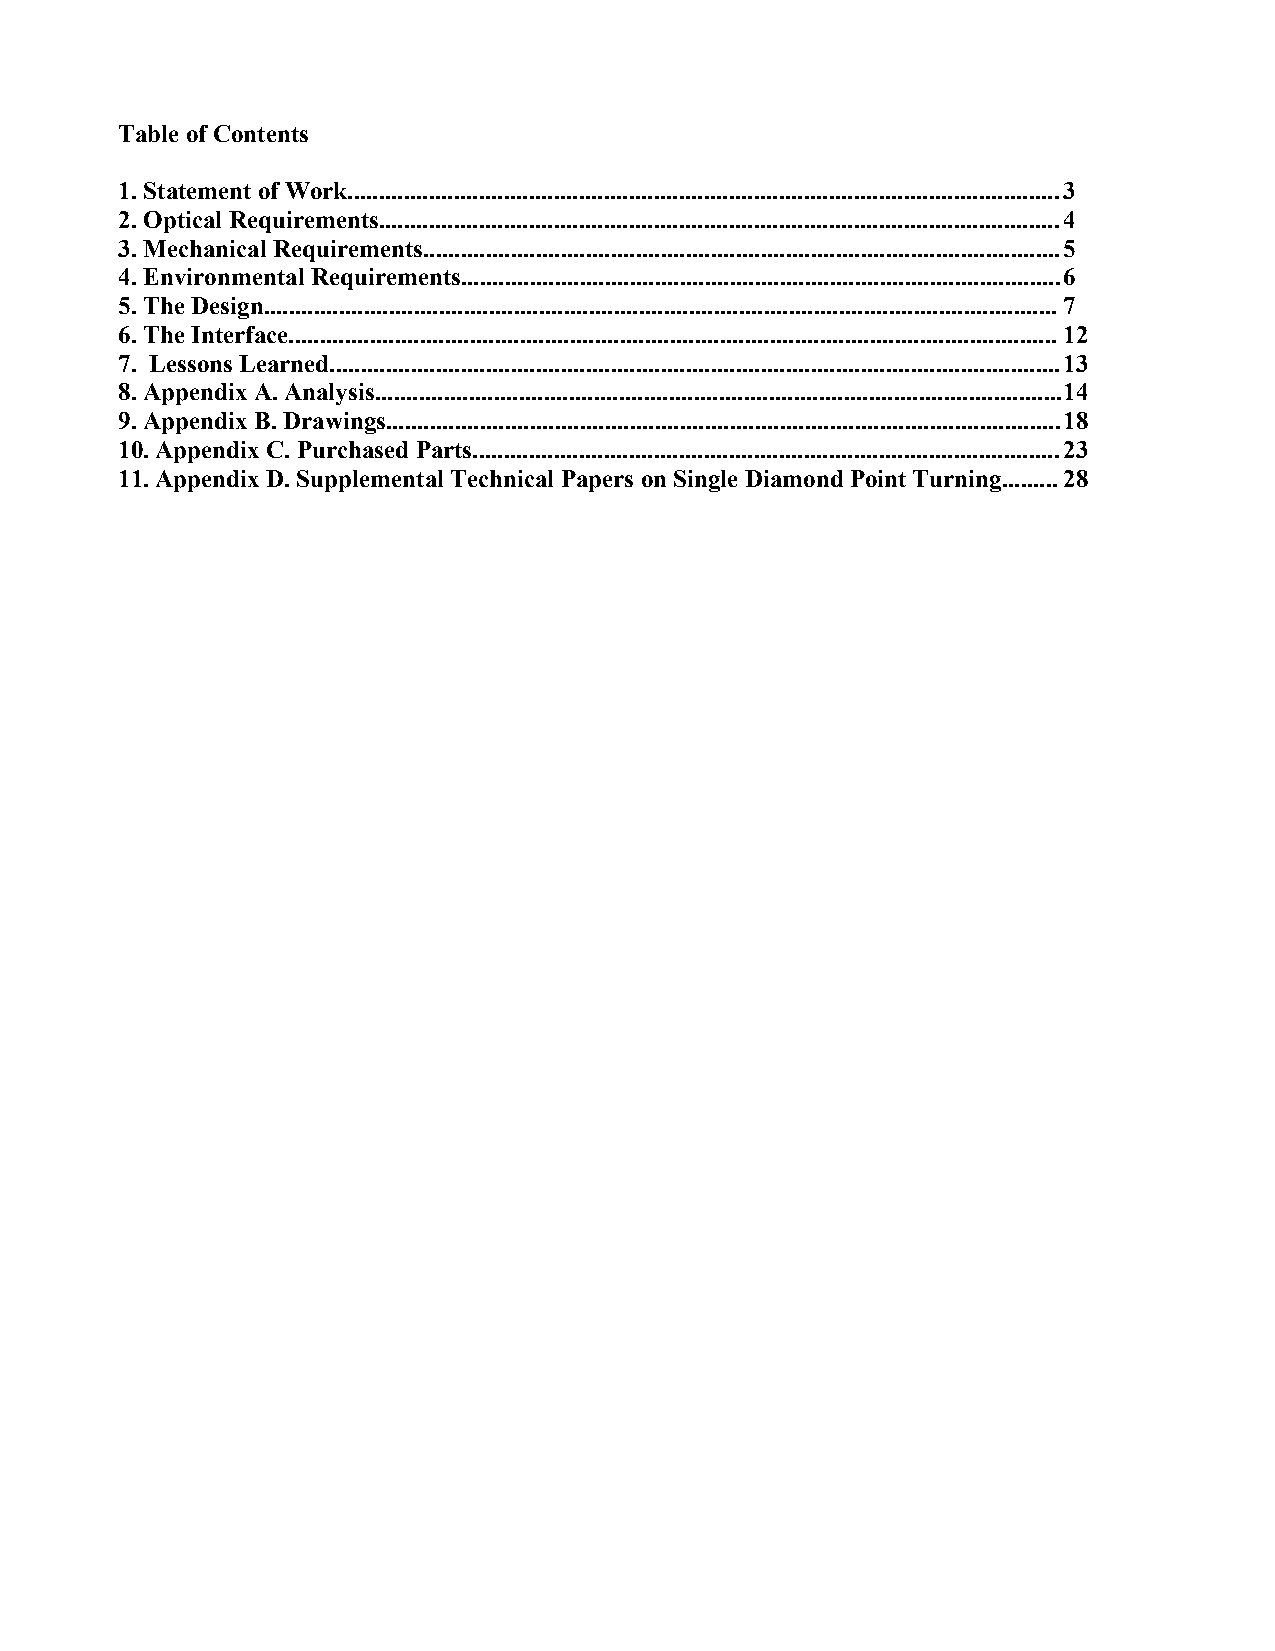
Table of Contents
 1. Statement of Work..................................................................................................................3
 2. Optical Requirements.............................................................................................................4
 3. Mechanical Requirements......................................................................................................5
 4. Environmental Requirements................................................................................................6
 5. The Design...............................................................................................................................7
 6. The Interface...........................................................................................................................12
 7. Lessons Learned.....................................................................................................................13
 8. Appendix A. Analysis..............................................................................................................14
 9. Appendix B. Drawings............................................................................................................18
 10. Appendix C. Purchased Parts..............................................................................................23
 11. Appendix D. Supplemental Technical Papers on Single Diamond Point Turning.........28